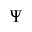
\Psi